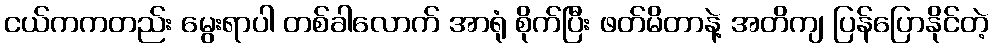
ငယ်ကကတည်း မွေးရာပါ တစ်ခါလောက် အာရုံ စိုက်ပြီး ဖတ်မိတာနဲ့ အတိကျ ပြန်ပြောနိုင်တဲ့